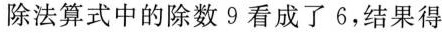
除法算式中的除数9看成了6，结果得